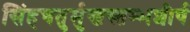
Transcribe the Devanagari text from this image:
सिंहचतुर्मुखस्तम्भशीर्ष